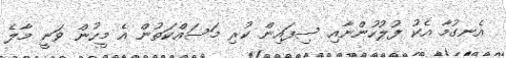
އެނގުމާ އެކު ފުލުހުންނާއި ސިފައިން ކުރި މަސައްކަތުން އެ މީހުން ވަނީ މާލެ